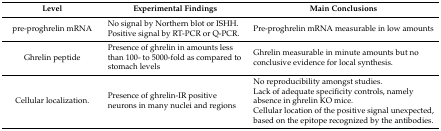
<table><thead><tr><td><b>Level</b></td><td><b>Experimental Findings </b></td><td><b>Main Conclusions</b></td></tr></thead><tbody><tr><td>pre-proghrelin mRNA</td><td>No signal by Northern blot or ISHH.Positive signal by RT-PCR or Q-PCR.</td><td>Pre-proghrelin mRNA measurable in low amounts</td></tr><tr><td>Ghrelin peptide</td><td>Presence of ghrelin in amounts less than 100- to 5000-fold as compared to stomach levels</td><td>Ghrelin measurable in minute amounts but no conclusive evidence for local synthesis.</td></tr><tr><td>Cellular localization.</td><td>Presence of ghrelin-IR positive neurons in many nuclei and regions</td><td>No reproducibility amongst studies.Lack of adequate specificity controls, namely absence in ghrelin KO mice.Cellular location of the positive signal unexpected, based on the epitope recognized by the antibodies. </td></tr></tbody></table>